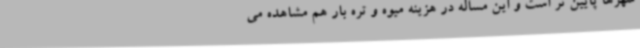
شهرها پایین تر است و این مساله در هزینه میوه و تره بار هم مشاهده می